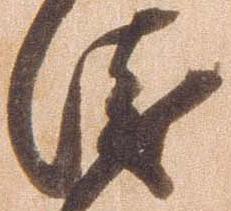
衛